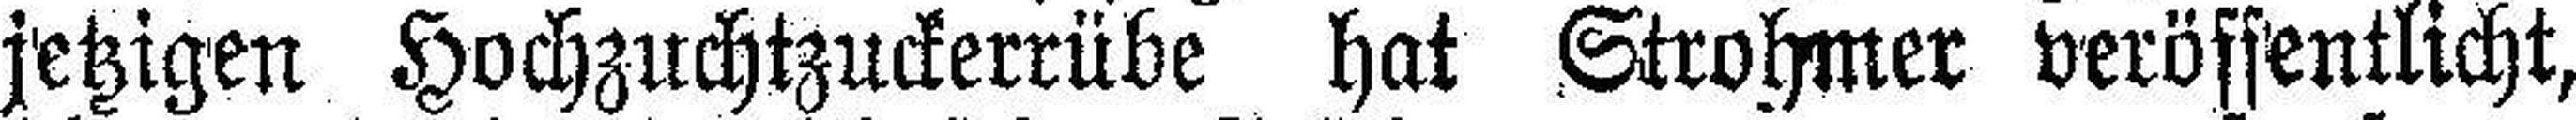
jetzigen Hochzuchtzuckerrübe hat Strohmer veröffentlicht,